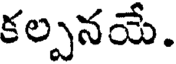
కల్పనయే.